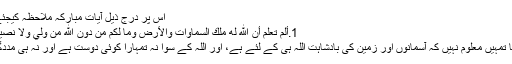
اس پر درج ذیل آیاتِ مبارکہ ملاحظہ کیجئے :
1.أَلَمْ تَعْلَمْ أَنَّ اللّهَ لَهُ مُلْكُ السَّمَاوَاتِ وَالأَرْضِ وَمَا لَكُم مِّن دُونِ اللّهِ مِن وَلِيٍّ وَلاَ نَصِيرٍo
’’کیا تمہیں معلوم نہیں کہ آسمانوں اور زمین کی بادشاہت اللہ ہی کے لئے ہے، اور اللہ کے سوا نہ تمہارا کوئی دوست ہے اور نہ ہی مددگار۔